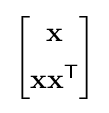
{\begin{bmatrix}\mathbf {x} \\[5pt]\mathbf {x} \mathbf {x} ^{\mathsf {T}}\end{bmatrix}}